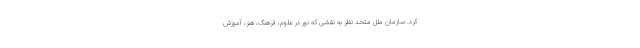
کرد. سازمان ملل متحد نظر به نقشی که نور در علوم، فرهنگ، هنر، آموزش